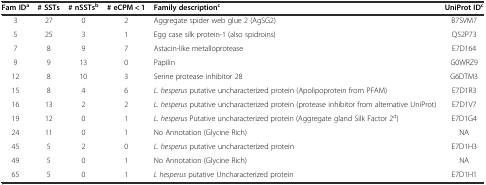
<table><thead><tr><td><b>Fam ID<sup>a</sup></b></td><td><b># SSTs</b></td><td><b># nSSTs<sup>b</sup></b></td><td><b># eCPM &lt; 1</b></td><td><b>Family description<sup>c</sup></b></td><td><b>UniProt ID<sup>c</sup></b></td></tr></thead><tbody><tr><td>3</td><td>27</td><td>0</td><td>2</td><td>Aggregate spider web glue 2 (AgSG2)</td><td>B7SVM7</td></tr><tr><td>5</td><td>25</td><td>3</td><td>1</td><td>Egg case silk protein-1 (also spidroins)</td><td>Q52P73</td></tr><tr><td>7</td><td>8</td><td>9</td><td>7</td><td>Astacin-like metalloprotease</td><td>E7D164</td></tr><tr><td>9</td><td>9</td><td>13</td><td>0</td><td>Papilin</td><td>G0WRZ9</td></tr><tr><td>12</td><td>8</td><td>10</td><td>3</td><td>Serine protease inhibitor 28</td><td>G6DTM3</td></tr><tr><td>15</td><td>8</td><td>4</td><td>6</td><td><i>L. hesperus</i> putative uncharacterized protein (Apolipoprotein from PFAM)</td><td>E7D1R3</td></tr><tr><td>16</td><td>13</td><td>2</td><td>2</td><td><i>L. hesperus</i> putative uncharacterized protein (protease inhibitor from alternative UniProt)</td><td>E7D1V7</td></tr><tr><td>19</td><td>12</td><td>0</td><td>1</td><td><i>L. hesperus</i> Putative uncharacterized protein (Aggregate gland Silk Factor 2<sup>d</sup>)</td><td>E7D1G4</td></tr><tr><td>24</td><td>11</td><td>0</td><td>1</td><td>No Annotation (Glycine Rich)</td><td>NA</td></tr><tr><td>45</td><td>5</td><td>2</td><td>0</td><td><i>L. hesperus</i> putative uncharacterized protein</td><td>E7D1H3</td></tr><tr><td>49</td><td>5</td><td>0</td><td>1</td><td>No Annotation (Glycine Rich)</td><td>NA</td></tr><tr><td>65</td><td>5</td><td>0</td><td>1</td><td><i>L hesperus</i> putative Uncharacterized protein</td><td>E7D1H1</td></tr></tbody></table>